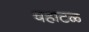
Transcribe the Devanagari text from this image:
चहाटळ